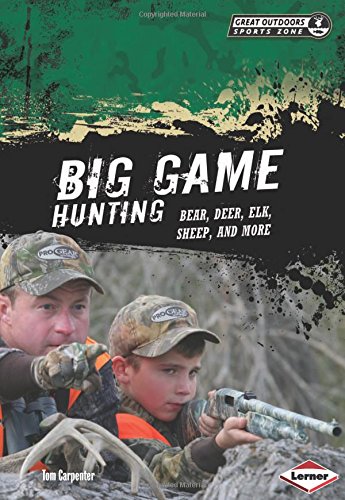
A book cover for Big Game Hunting: Bear, Deer, Elk, Sheep, and More (Great Outdoors Sports Zone) (Great Outdoors Sports Zone (Lerner)); Tom Carpenter; Children's Books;